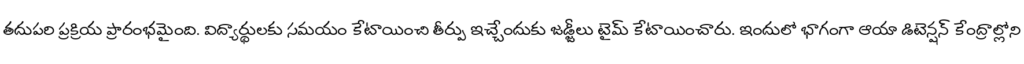
తదుపరి ప్రక్రియ ప్రారంభమైంది. విద్యార్థులకు సమయం కేటాయించి తీర్పు ఇచ్చేందుకు జడ్జీలు టైమ్ కేటాయించారు. ఇందులో భాగంగా ఆయా డిటెన్షన్ కేంద్రాల్లోని